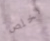
تخلص